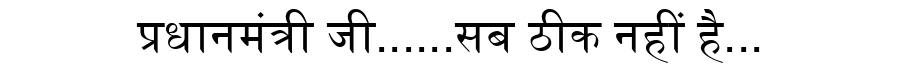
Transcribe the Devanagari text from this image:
प्रधानमंत्री जी......सब ठीक नहीं है...